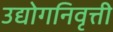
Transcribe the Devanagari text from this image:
उद्योगनिवृत्ती